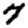
Digit: 7